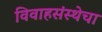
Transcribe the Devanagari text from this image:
विवाहसंस्थेचा